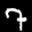
Label: 7